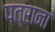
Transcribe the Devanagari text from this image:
पत्राना